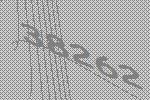
38262